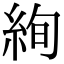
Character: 絢